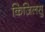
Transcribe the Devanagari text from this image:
किज़िलसु